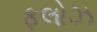
ફલોઝ